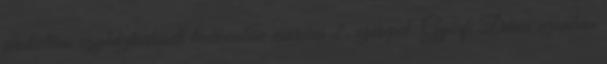
protestáns egyháztörténeti lexikonban március 2. szerepel. Győrfi Dénes azonban